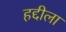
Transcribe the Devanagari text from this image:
हद्दीला